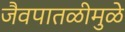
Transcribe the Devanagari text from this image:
जैवपातळीमुळे